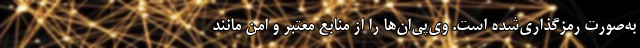
به‌صورت رمزگذاری‌شده است. وی‌پی‌ان‌ها را از منابع معتبر و امن مانند